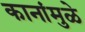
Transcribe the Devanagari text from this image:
कानांमुळे